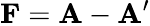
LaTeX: \mathbf{F}=\mathbf{A}-\mathbf{A^{\prime}}